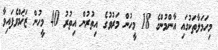
މިހަމަލާތަކުގައި އާންމުންގެ 18 މީހުން މަރުވުގެ އިތުރުން އިތުރު 40 މީހުން ޒަޚަމްވެފައިވާ